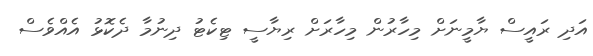
އަދި ރައީސް ޔާމީނަށް މިހާރުން މިހާރަށް ރިޔާސީ ޓިކެޓު ދިނުމާ ދެކޮޅު އެއްވެސް